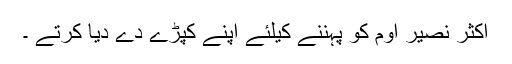
اکثر نصیر اوم کو پہننے کیلئے اپنے کپڑے دے دیا کرتے ۔